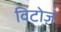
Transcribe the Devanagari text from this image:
विटोज़